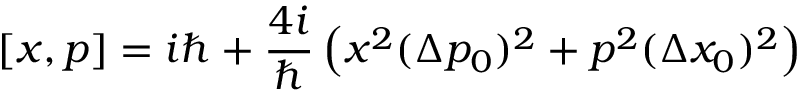
[ x , p ] = i \hbar + \frac { 4 i } { \hbar } \left( x ^ { 2 } ( \Delta p _ { 0 } ) ^ { 2 } + p ^ { 2 } ( \Delta x _ { 0 } ) ^ { 2 } \right)